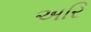
અરિ